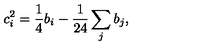
c _ { i } ^ { 2 } = \frac { 1 } { 4 } b _ { i } - \frac { 1 } { 2 4 } \sum _ { j } b _ { j } ,